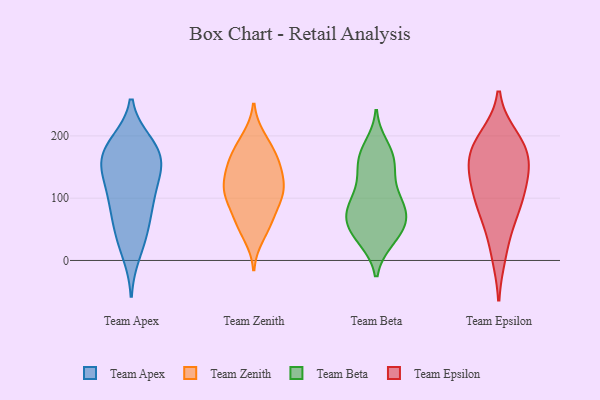
{"axis": {"x": "Waste Production (Tons)", "y": "Value"}, "legend": ["Team Apex", "Team Beta", "Team Epsilon", "Team Zenith"], "data": [{"x": "", "y": 49, "type": "Team Apex"}, {"x": "", "y": 160, "type": "Team Apex"}, {"x": "", "y": 12, "type": "Team Apex"}, {"x": "", "y": 116, "type": "Team Apex"}, {"x": "", "y": 150, "type": "Team Apex"}, {"x": "", "y": 38, "type": "Team Apex"}, {"x": "", "y": 78, "type": "Team Apex"}, {"x": "", "y": 154, "type": "Team Apex"}, {"x": "", "y": 83, "type": "Team Apex"}, {"x": "", "y": 175, "type": "Team Apex"}, {"x": "", "y": 103, "type": "Team Apex"}, {"x": "", "y": 171, "type": "Team Apex"}, {"x": "", "y": 188, "type": "Team Apex"}, {"x": "", "y": 130, "type": "Team Apex"}, {"x": "", "y": 188, "type": "Team Apex"}, {"x": "", "y": 153, "type": "Team Zenith"}, {"x": "", "y": 108, "type": "Team Zenith"}, {"x": "", "y": 65, "type": "Team Zenith"}, {"x": "", "y": 125, "type": "Team Zenith"}, {"x": "", "y": 165, "type": "Team Zenith"}, {"x": "", "y": 160, "type": "Team Zenith"}, {"x": "", "y": 108, "type": "Team Zenith"}, {"x": "", "y": 105, "type": "Team Zenith"}, {"x": "", "y": 135, "type": "Team Zenith"}, {"x": "", "y": 66, "type": "Team Zenith"}, {"x": "", "y": 39, "type": "Team Zenith"}, {"x": "", "y": 103, "type": "Team Zenith"}, {"x": "", "y": 167, "type": "Team Zenith"}, {"x": "", "y": 56, "type": "Team Zenith"}, {"x": "", "y": 197, "type": "Team Zenith"}, {"x": "", "y": 191, "type": "Team Zenith"}, {"x": "", "y": 98, "type": "Team Zenith"}, {"x": "", "y": 133, "type": "Team Zenith"}, {"x": "", "y": 60, "type": "Team Beta"}, {"x": "", "y": 66, "type": "Team Beta"}, {"x": "", "y": 83, "type": "Team Beta"}, {"x": "", "y": 110, "type": "Team Beta"}, {"x": "", "y": 183, "type": "Team Beta"}, {"x": "", "y": 141, "type": "Team Beta"}, {"x": "", "y": 75, "type": "Team Beta"}, {"x": "", "y": 166, "type": "Team Beta"}, {"x": "", "y": 162, "type": "Team Beta"}, {"x": "", "y": 62, "type": "Team Beta"}, {"x": "", "y": 34, "type": "Team Beta"}, {"x": "", "y": 34, "type": "Team Beta"}, {"x": "", "y": 55, "type": "Team Beta"}, {"x": "", "y": 172, "type": "Team Beta"}, {"x": "", "y": 105, "type": "Team Beta"}, {"x": "", "y": 84, "type": "Team Beta"}, {"x": "", "y": 33, "type": "Team Beta"}, {"x": "", "y": 90, "type": "Team Beta"}, {"x": "", "y": 143, "type": "Team Beta"}, {"x": "", "y": 176, "type": "Team Epsilon"}, {"x": "", "y": 144, "type": "Team Epsilon"}, {"x": "", "y": 91, "type": "Team Epsilon"}, {"x": "", "y": 11, "type": "Team Epsilon"}, {"x": "", "y": 92, "type": "Team Epsilon"}, {"x": "", "y": 180, "type": "Team Epsilon"}, {"x": "", "y": 196, "type": "Team Epsilon"}, {"x": "", "y": 136, "type": "Team Epsilon"}, {"x": "", "y": 63, "type": "Team Epsilon"}, {"x": "", "y": 176, "type": "Team Epsilon"}, {"x": "", "y": 123, "type": "Team Epsilon"}]}